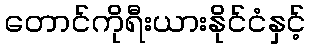
တောင်ကိုရီးယားနိုင်ငံနှင့်